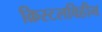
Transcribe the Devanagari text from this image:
क्रिस्टलविहीन